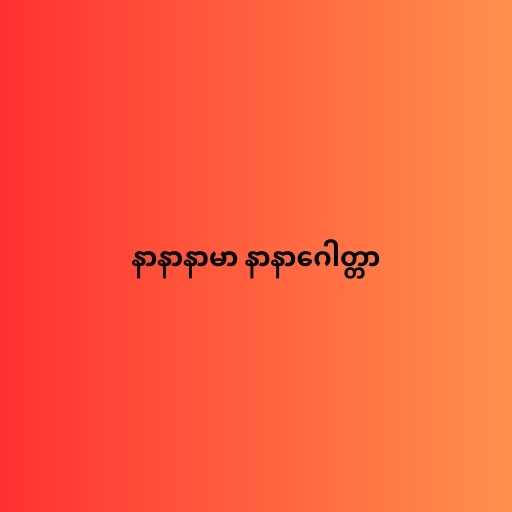
နာနာနာမာ နာနာဂေါတ္တာ